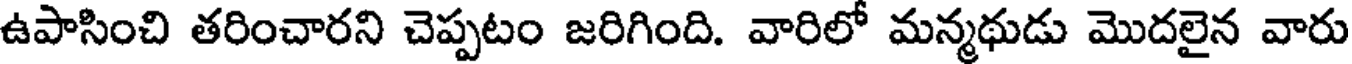
ఉపాసించి తరించారని చెప్పటం జరిగింది. వారిలో మన్మథుడు మొదలైన వారు